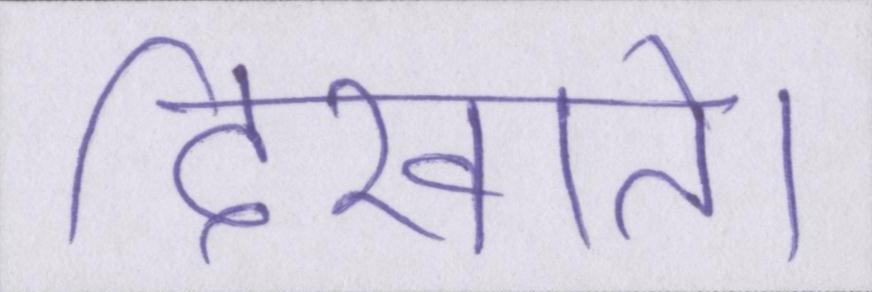
दिखाते।